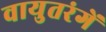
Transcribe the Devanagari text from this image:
वायुतरंगें